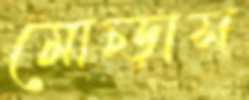
মোচ্‌ড়াস